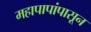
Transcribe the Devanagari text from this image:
महापापांपासून